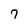
Character: 7